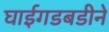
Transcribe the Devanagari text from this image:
घाईगडबडीने